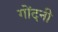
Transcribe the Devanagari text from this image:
गोंदनी